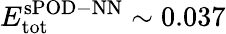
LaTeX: E_{\mathrm{tot}}^{\mathrm{sPOD-NN}}\sim 0.037